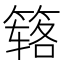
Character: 𰪏